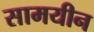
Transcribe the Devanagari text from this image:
सामयीन